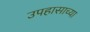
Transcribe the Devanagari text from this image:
उपहासाच्या